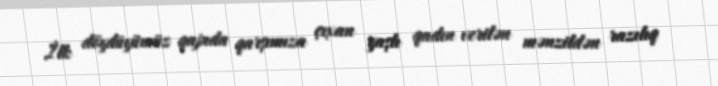
İlk döydüyümüz qapıda qarşımıza çıxan yaşlı qadın verilən mənzildən razılıq